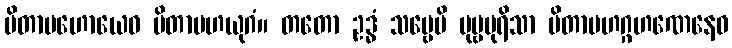
ပိတာမဟောယေဝ ပိတာမဟယုဂံ။ တတော ဥဒ္ဓံ သဗ္ဗေပိ ပုဗ္ဗပုရိသာ ပိတာမဟဂ္ဂဟဏေနေဝ